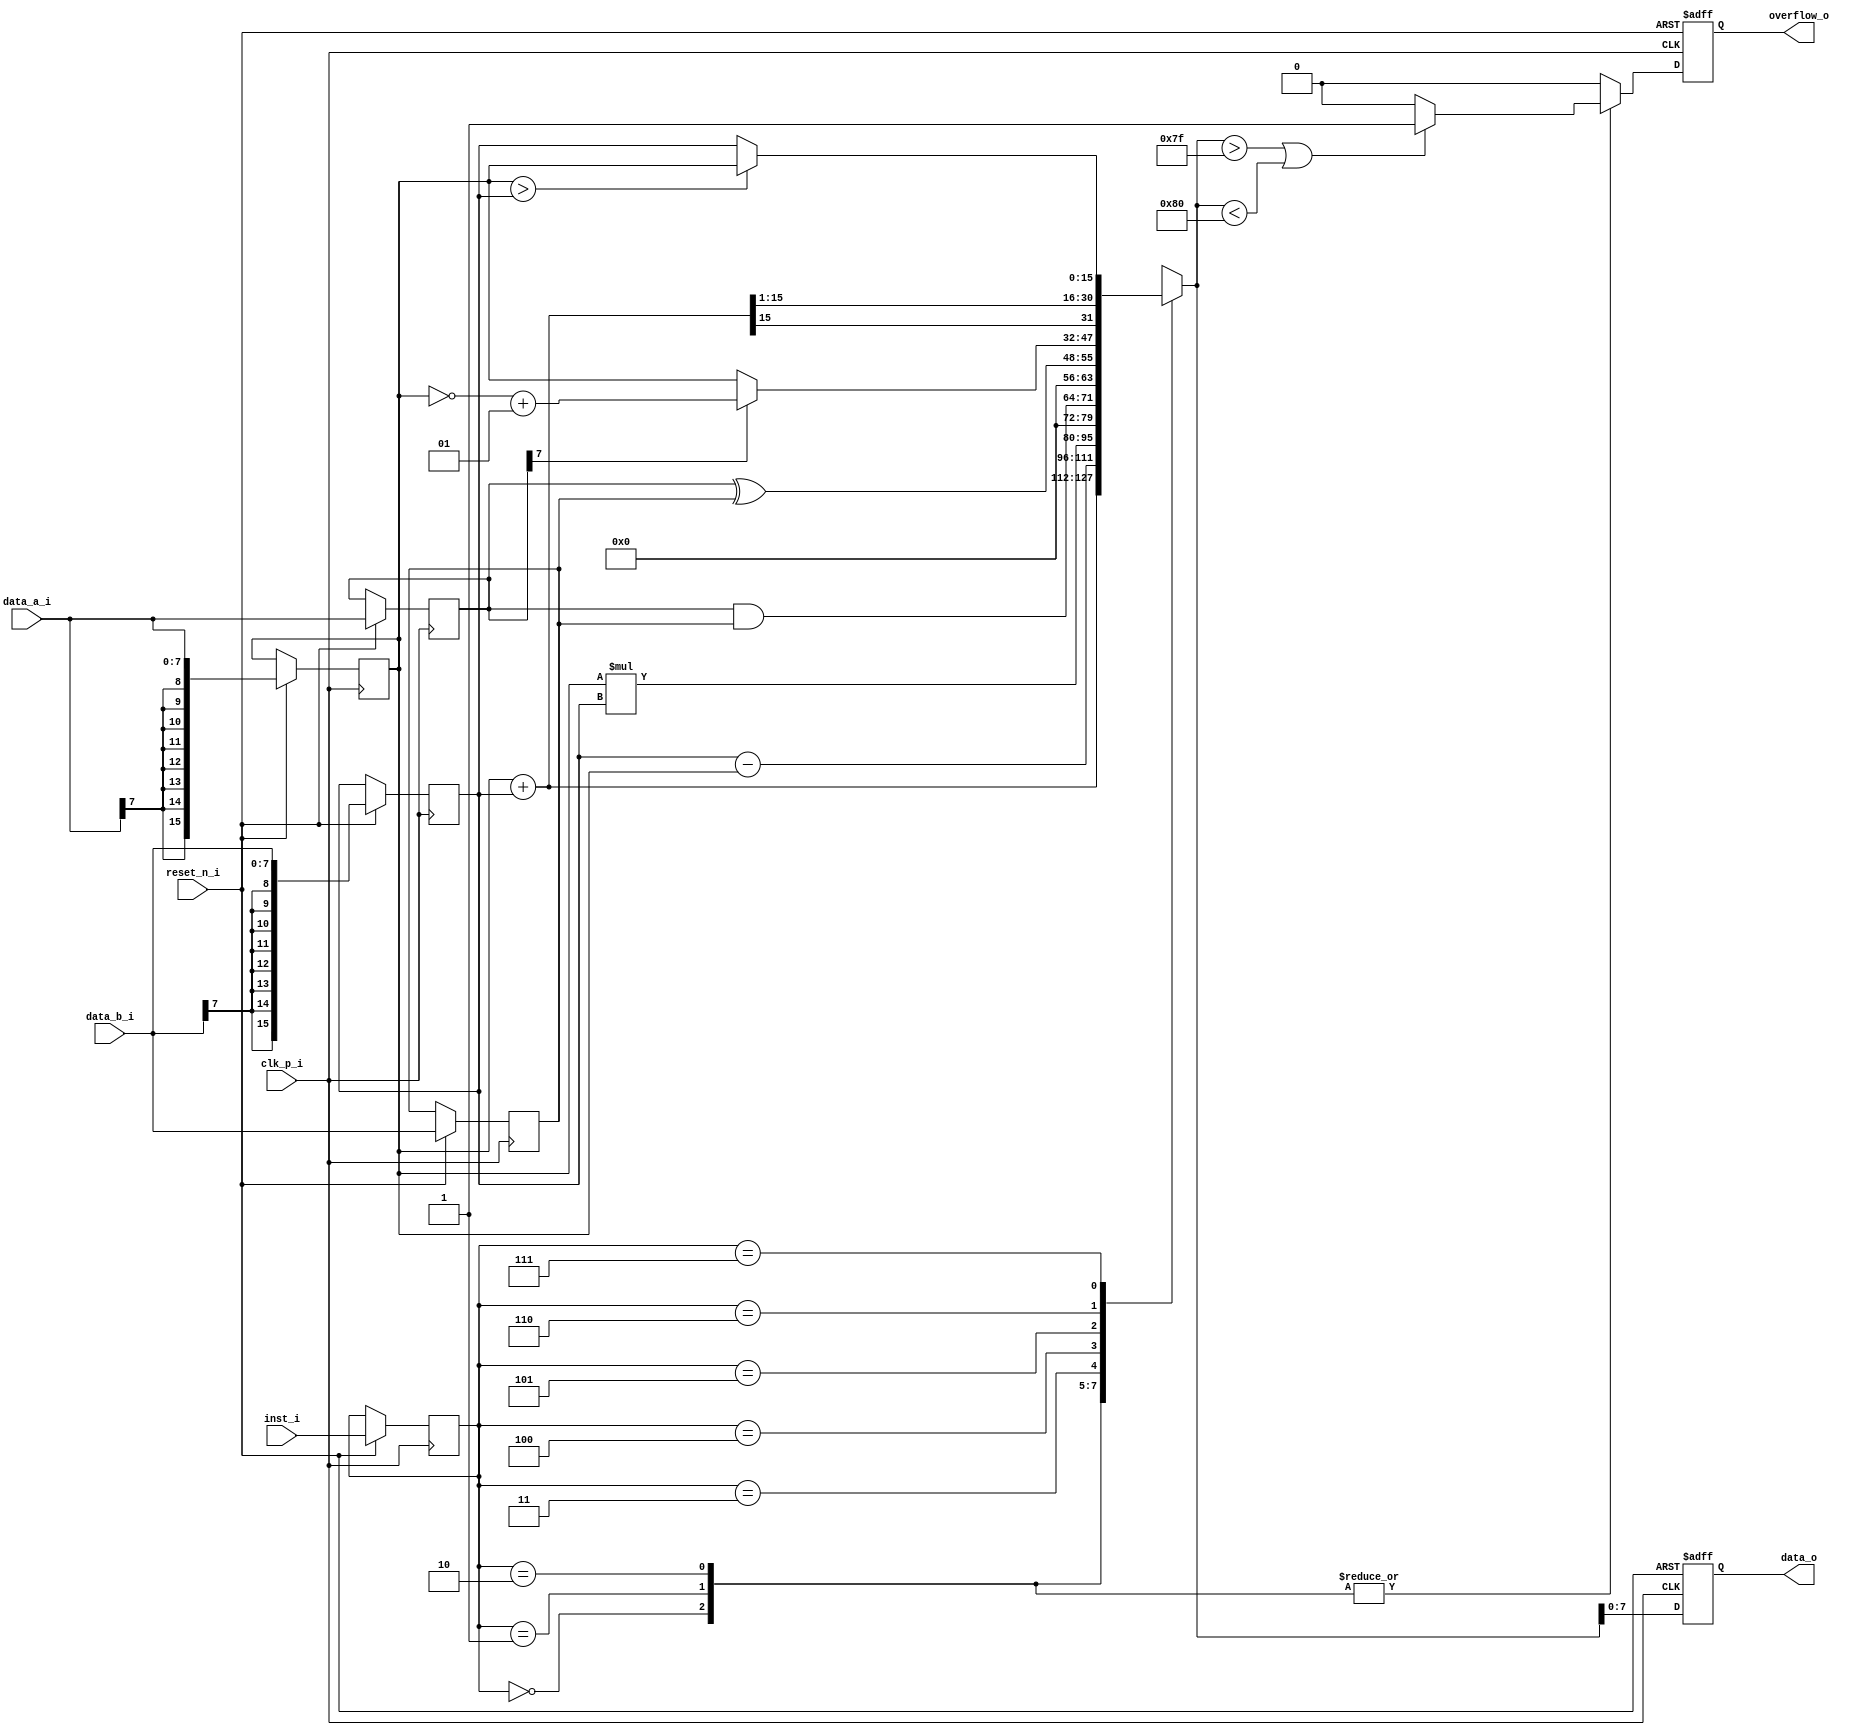
module alu(
             clk_p_i,
             reset_n_i,
             data_a_i,
             data_b_i,
             inst_i,
             data_o,
             overflow_o
             );
  /* ============================================ */
      input           clk_p_i;
      input           reset_n_i;
      input   [7:0]   data_a_i;
      input   [7:0]   data_b_i;
      input   [2:0]   inst_i;

      output reg  [7:0]  data_o;
      output reg         overflow_o;

      reg signed [15:0]  ALU_d2_w;
      reg [7:0]   data_a_d1_r;
      reg [7:0]   data_b_d1_r;
      reg [2:0]   inst_d1_r;
      reg         overflow_d2_w;
      reg signed    [15:0]   data_a_signed_d1_r;
      reg signed    [15:0]   data_b_signed_d1_r;
      wire [7:0] temp_a;
      wire [7:0] temp_b;
  /* ============================================ */
	
      always@ (*)
      begin
          case(inst_d1_r)
            3'b000:    ALU_d2_w =  data_a_signed_d1_r+ data_b_signed_d1_r;
            3'b001:    ALU_d2_w =  data_b_signed_d1_r -  data_a_signed_d1_r;
            3'b010:    ALU_d2_w =  data_a_signed_d1_r * data_b_signed_d1_r;
            3'b011:    ALU_d2_w =  data_a_d1_r & data_b_d1_r;
            3'b100:    ALU_d2_w =  data_a_d1_r ^ data_b_d1_r;
            3'b101:    ALU_d2_w =  (data_a_d1_r[7]) ? (~data_a_signed_d1_r+1) : (data_a_signed_d1_r);
            3'b110:    ALU_d2_w =  (data_a_signed_d1_r+ data_b_signed_d1_r) >>> 1;
            3'b111:    ALU_d2_w = (data_a_signed_d1_r > data_b_signed_d1_r)? data_a_signed_d1_r : data_b_signed_d1_r;
            default:   ALU_d2_w = 0;
          endcase
      end
      
      always@ (*)
      begin
	case(inst_d1_r)
	3'b000:
	if ((ALU_d2_w>127 || ALU_d2_w<-128))
		overflow_d2_w =1;
	else 
		overflow_d2_w = 0;
	3'b001:
	if ((ALU_d2_w>127 || ALU_d2_w < -128))
		overflow_d2_w =1;
	else
		overflow_d2_w =0;
	3'b010:
        if ((ALU_d2_w>127 || ALU_d2_w<-128))
            overflow_d2_w = 1;
	else
	    overflow_d2_w = 0;
	default:
	   overflow_d2_w =0;
	endcase
      end

  /* ============================================ */
      always@(posedge clk_p_i or negedge reset_n_i)
      begin
          if (reset_n_i == 1'b0)
          begin

            data_o <= 0;
            overflow_o <= 0;
          end
          else
          begin
            inst_d1_r <= inst_i;
            data_a_d1_r <= data_a_i;
            data_b_d1_r <= data_b_i;
            data_o <= ALU_d2_w[7:0];
            overflow_o <= overflow_d2_w;
            data_a_signed_d1_r <= { {8{data_a_i[7]}}, data_a_i };
            data_b_signed_d1_r <= { {8{data_b_i[7]}}, data_b_i };
          end
      end
  /* ============================================ */

endmodule